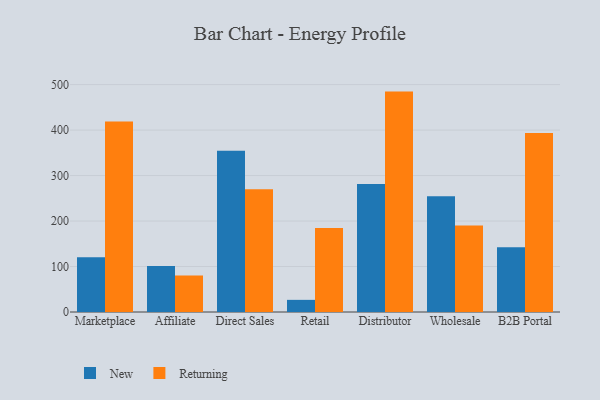
{"axis": {"x": "Channel", "y": "Production Output"}, "legend": ["New", "Returning"], "data": [{"x": "Marketplace", "y": 120.5, "type": "New"}, {"x": "Marketplace", "y": 419.0, "type": "Returning"}, {"x": "Affiliate", "y": 101.2, "type": "New"}, {"x": "Affiliate", "y": 80.2, "type": "Returning"}, {"x": "Direct Sales", "y": 354.4, "type": "New"}, {"x": "Direct Sales", "y": 269.9, "type": "Returning"}, {"x": "Retail", "y": 26.7, "type": "New"}, {"x": "Retail", "y": 184.7, "type": "Returning"}, {"x": "Distributor", "y": 281.4, "type": "New"}, {"x": "Distributor", "y": 484.6, "type": "Returning"}, {"x": "Wholesale", "y": 254.7, "type": "New"}, {"x": "Wholesale", "y": 190.0, "type": "Returning"}, {"x": "B2B Portal", "y": 142.5, "type": "New"}, {"x": "B2B Portal", "y": 393.7, "type": "Returning"}]}